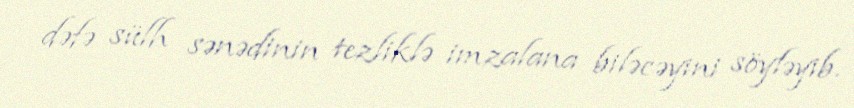
dəfə sülh sənədinin tezliklə imzalana biləcəyini söyləyib.